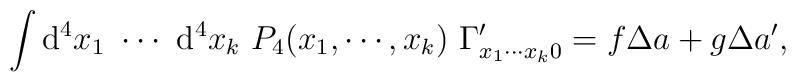
\int {\rm d}^{4}x_{1}~\cdots ~{\rm d}^{4}x_{k}~P_{4}(x_{1},\cdots,x_{k})~\Gamma _{x_{1}\cdots x_{k}0}^{\prime}=f\Delta a+g\Delta a^{\prime },